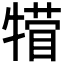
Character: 𪺴